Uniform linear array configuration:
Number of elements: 24
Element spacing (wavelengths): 0.25
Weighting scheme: blackman
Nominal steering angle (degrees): -15
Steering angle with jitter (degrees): -13.869
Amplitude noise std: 0.05
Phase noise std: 0.05

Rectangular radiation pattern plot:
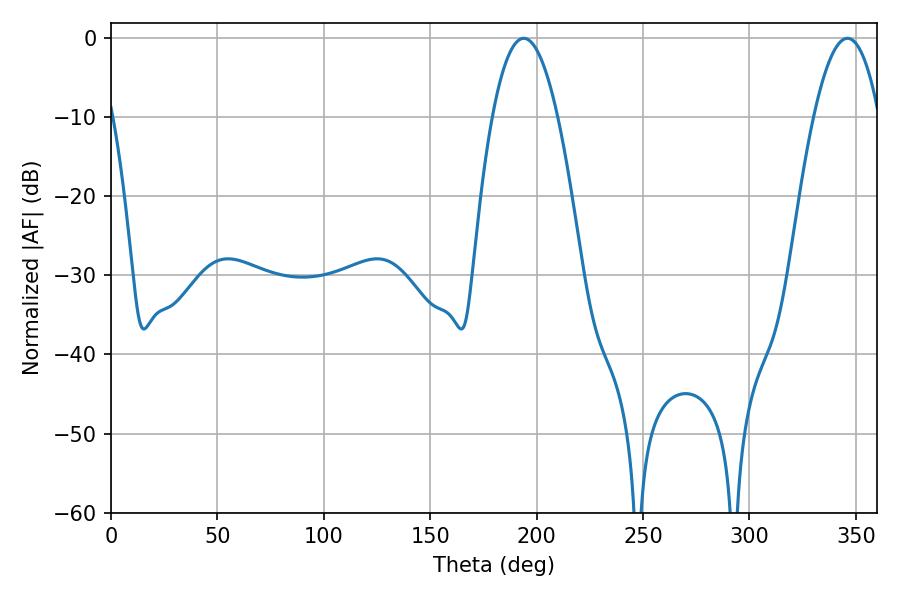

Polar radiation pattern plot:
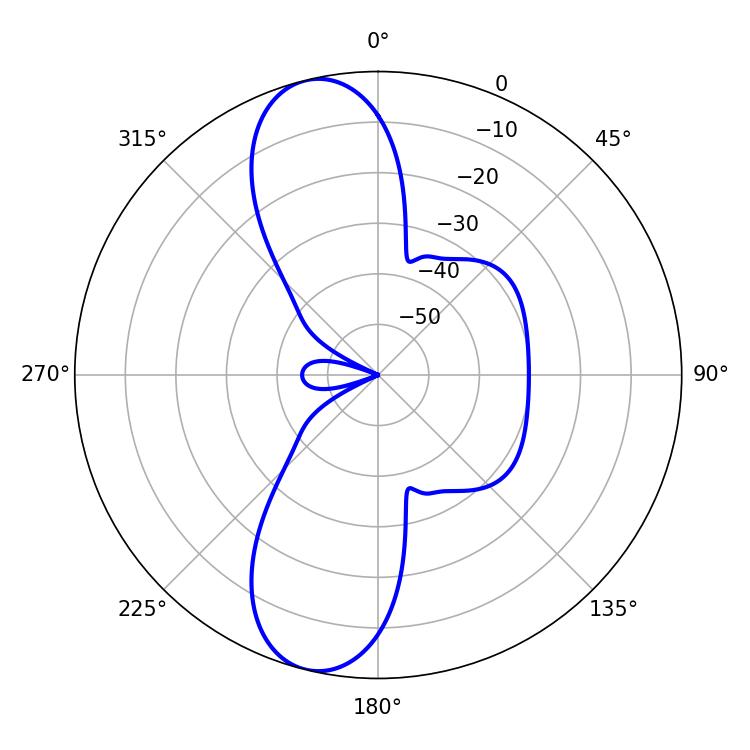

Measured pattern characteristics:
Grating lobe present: FALSE
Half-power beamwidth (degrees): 16.92
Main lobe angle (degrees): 193.86